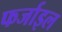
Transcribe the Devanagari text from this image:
फर्जाइल